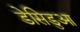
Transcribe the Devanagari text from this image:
डेसिडुआ